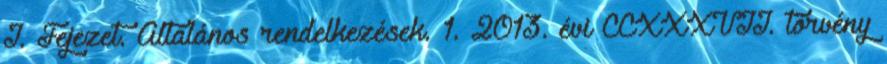
I. Fejezet. Általános rendelkezések. 1. 2013. évi CCXXXVII. törvény